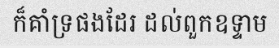
ក៏គាំទ្រផងដែរ ដល់ពួកឧទ្ទាម